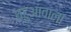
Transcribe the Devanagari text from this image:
घटुआवाला